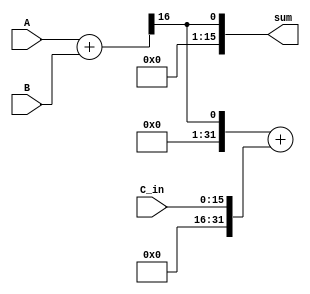
module fixed_point_adder (
    input [15:0] A,
    input [15:0] B,
    input [15:0] C_in,
    output reg [15:0] sum
);

reg [31:0] temp1;
reg [15:0] temp2;

// First block
always @* begin
    temp1 = {16'd0, A} + {16'd0, B};
    temp2 = temp1 >> 16;
end

// Second block
always @* begin
    temp1 = {16'd0, temp2} + {16'd0, C_in};
    sum = temp1 >> 16;
end

endmodule